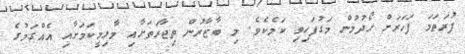
ފުރަތަމަ ފަހަރަށް ހޯދުމުން މަގުފަހިވި ކަމެކެވެ. މި ބާޒާރުން ތިޖާރަތަށާއި މާލިމީކަމަށާއި އެއްގަމުގެ